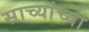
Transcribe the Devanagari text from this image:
साच्यांच्या